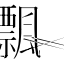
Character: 𤅜